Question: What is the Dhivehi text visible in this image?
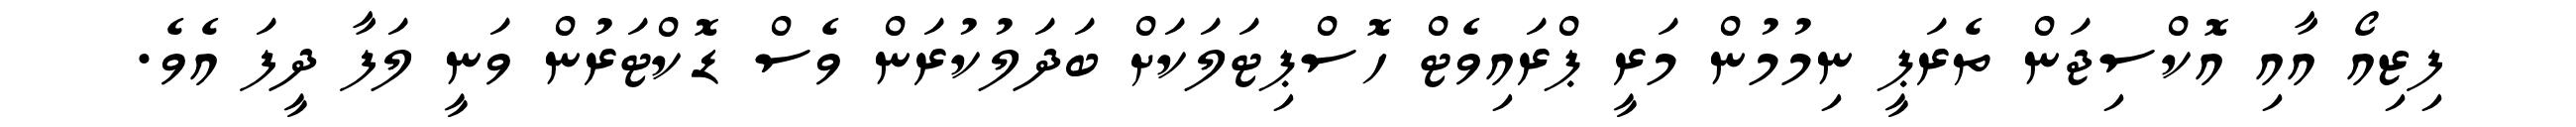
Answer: ފިޒިއޯ އާއި އޮކްސިޖަން ތެރަޕީ ނިމުމުން މަރީ ޕްރައިވެޓް ހޮސްޕިޓަލަކަށް ބަދަލުކުރަން ވެސް ޑޮކްޓަރުން ވަނީ ލަފާ ދީފަ އެވެ.